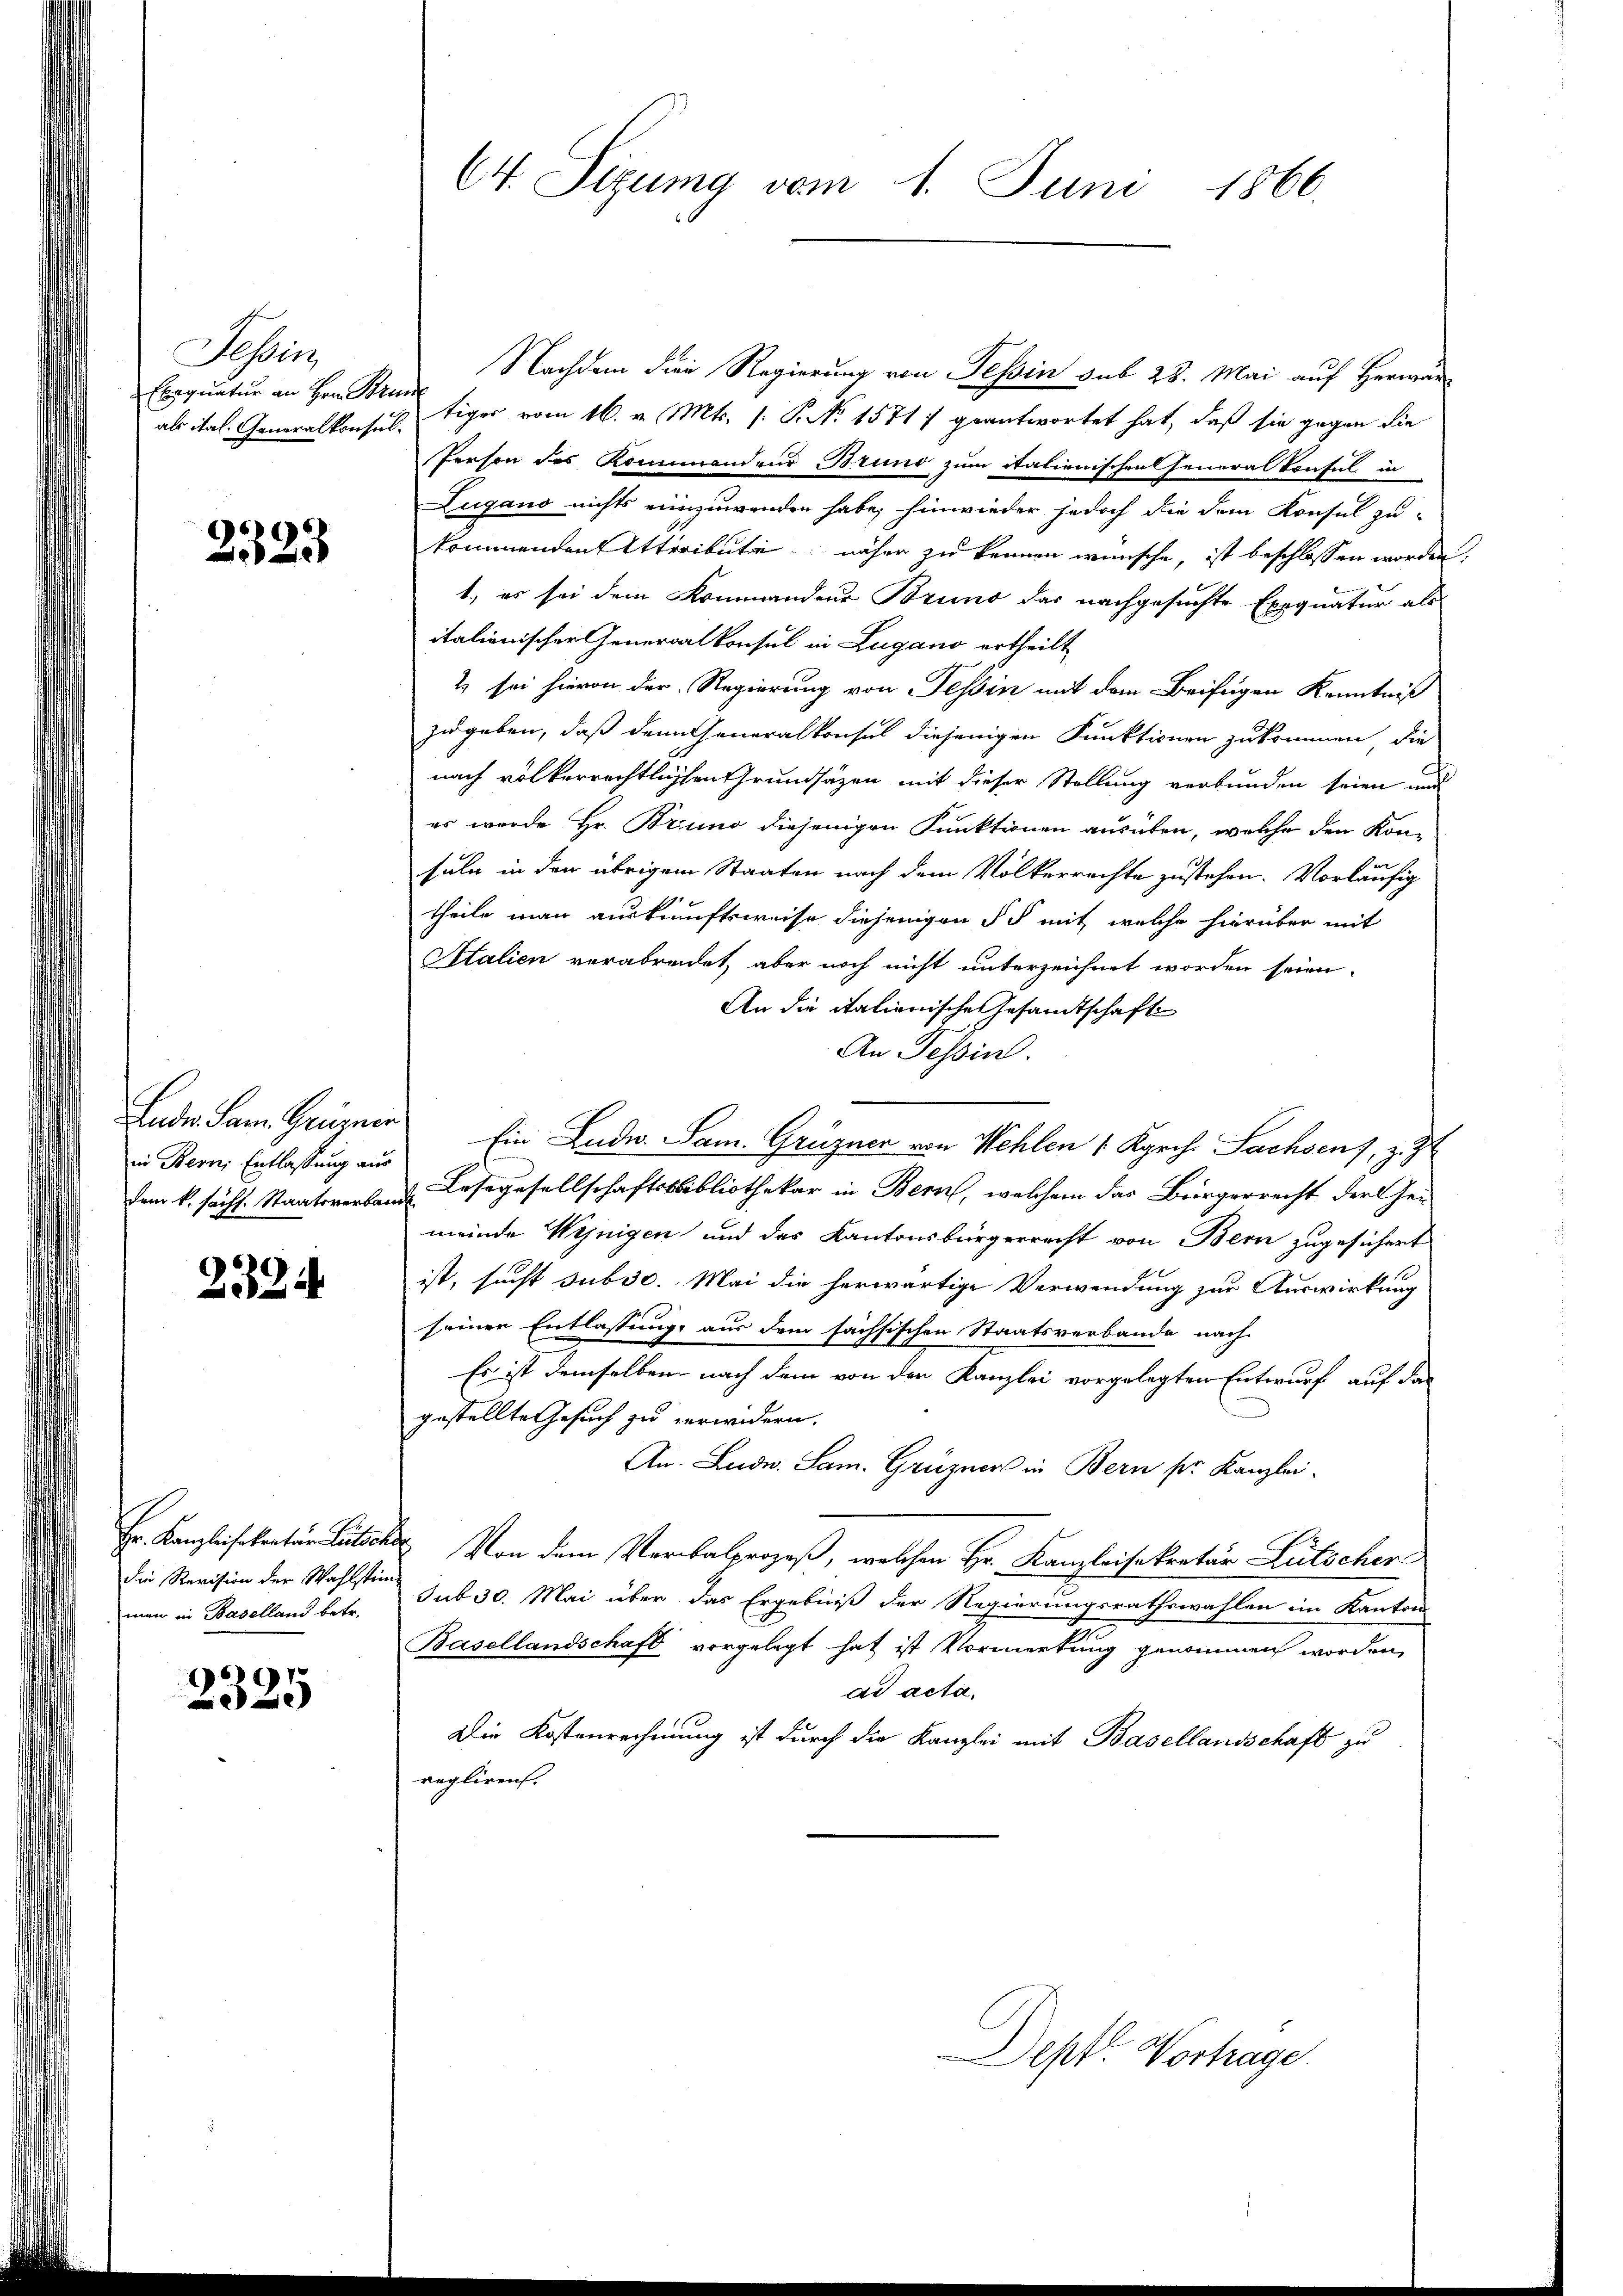
Tessin
Exequatur an Hrn. Brun

2325

in Bern Entlassung aus

2334

man in Baselland betr.

1
232.

C4 Sizung vom 1. Juni 1866.

Nachdem die Regierung von Tessin sub 23. Mai auf Herwarals ital. Generalkonsultiger vom 16. v. Mts. s. P. No. 1571 ; geantwortet hat, daß sie gegen die
Person des Kommandeur Brund zum italienischen seneralkonsul in
Zugano nichts einzuwenden habe, hinwieder jedoch die dem Konsul zu-
kommenden Streibute näher zu kennen wünsche, ist beschlossen worden,
1., es sei dem Kommandeur Bruno das nachgesuchte Exequatur als
italienischer Generalkonsul in Zugano ertheilt
2) sei hievon der Regierung von Tessin mit dem Beifügen Kenntniß
zugeben, daß denn Generalkonsul diejenigen Funktionen zukommen, die
nach völkerrechtlichen Grundsätzen mit dieser Stellung verbunden seien und
er wurde Hr. Bruno diejenigen Funktionen ausüben, welche den Kon-
suln in den übrigem Staaten nach dem Völkerrechte zustehen. Vorläufig
theile man auskunftsweise diejenigen § 5 mit welche hierüber mit
Italien verabreidet, aber noch nicht unterzeichnet worden seien.
An die italienische Gesamtschaft
An Tessin.
Luder Sam. Grügner Ein Ludw. Sam. Grüzner von Hehlen 1 Kgrch. Sachsens, z. 7
dem k. sächs. Staatsverbaus Lusegesellschaftsbibliothekar in Bern, welchem das Bürgerrecht der Ge-
meinde Weinigen und des Kantonsbürgerrecht von Bern zugesichert
ist, sucht subse. Mai die herwärtige Verwendung zur Auswirkung
seiner Entlassung, aus dem sachsischen Staatsverbande nach
Es ist demselben nach dem von der Kanzlei vorgelegten Entwurf auf das
gestellte Gesuch zu verwidern.
An. Lude. Sam. Grüzner in Bern pr. Kanzlei-
Hr. Kanzleisekretär Rutsch Von dem Verbalprozeß, welchen Hr. Kanzleisekretär Lütscherdie Revision der Wahlsten sub 30. Mai über das Ergebniß der Regierungsrathswahlen im Kanton
Basellandschaft vorgelegt hat ist Vormerkung genommen worden,
ad acta.
Die Kostenrechnung ist durch die Kanzlei mit Basellandschaft zu
regliren.

Dept. Vortrage